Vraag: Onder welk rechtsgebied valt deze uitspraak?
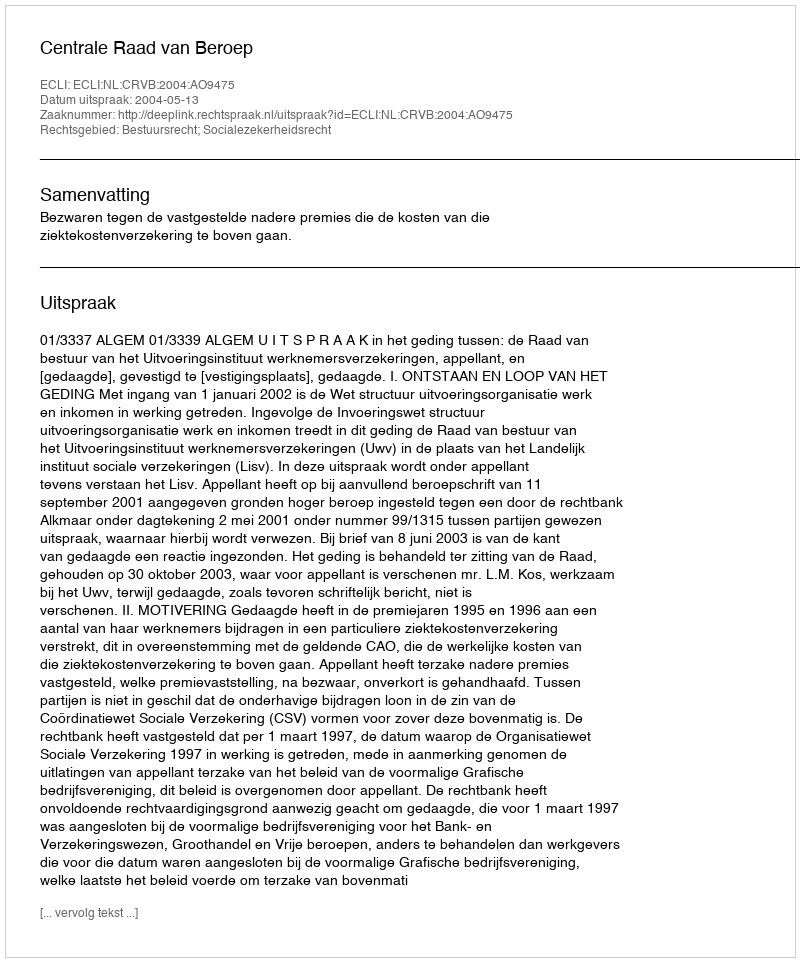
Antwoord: Bestuursrecht; Socialezekerheidsrecht